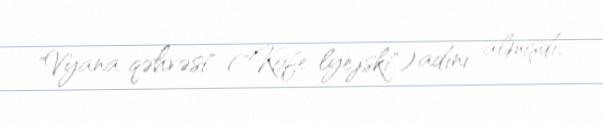
"Vyana qəhvəsi" ("Kofe lyejski") adını almışdı.